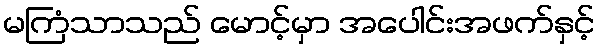
မကြံသာသည် မောင့်မှာ အပေါင်းအဖက်နှင့်